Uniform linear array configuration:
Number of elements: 64
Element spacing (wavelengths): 0.25
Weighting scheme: binomial
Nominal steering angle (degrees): -30
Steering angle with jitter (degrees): -31.892
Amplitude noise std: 0.05
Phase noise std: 0.05

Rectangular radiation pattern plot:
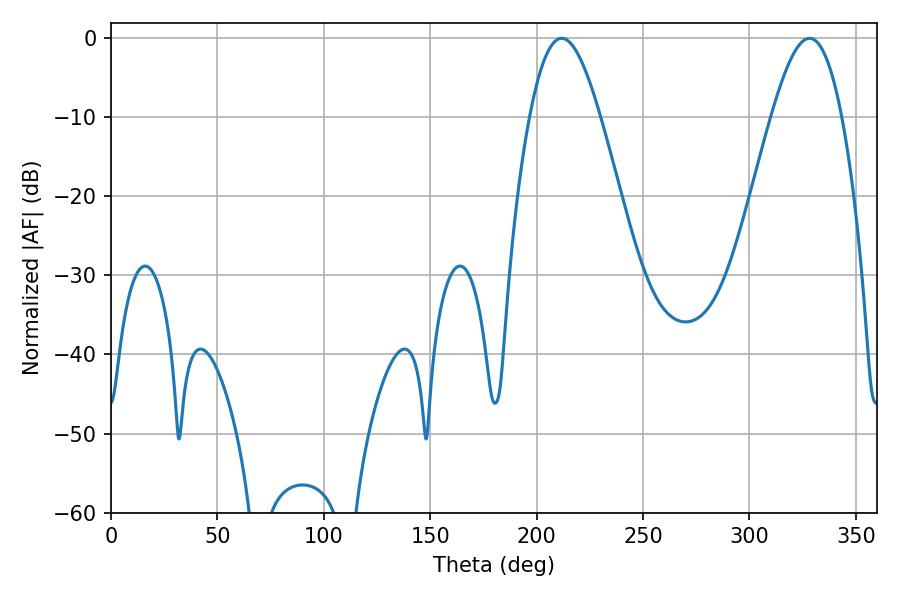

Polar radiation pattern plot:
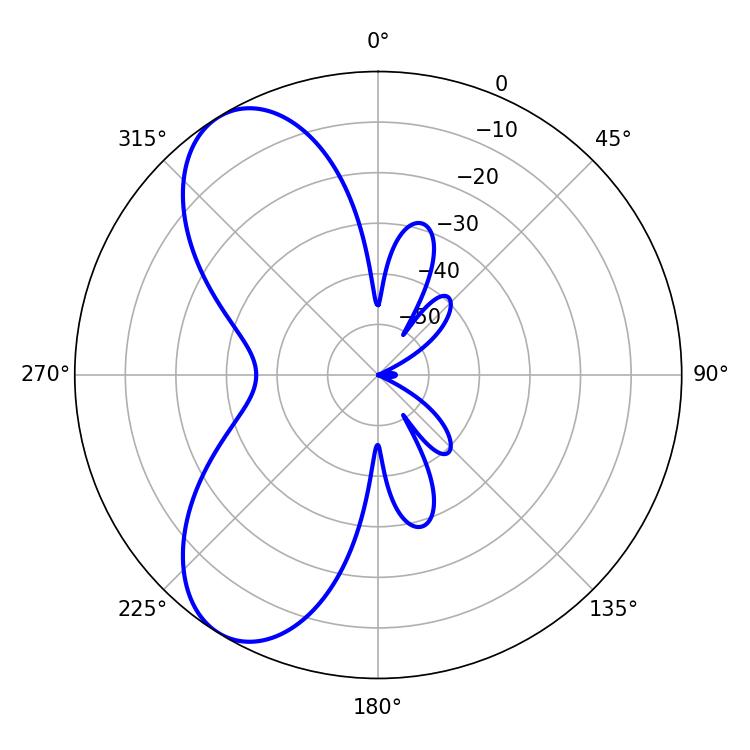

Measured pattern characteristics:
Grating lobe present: FALSE
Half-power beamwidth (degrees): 18
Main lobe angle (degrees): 211.68